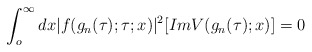
\begin{align*}\int_{o}^{\infty}dx|f(g_n(\tau);\tau;x)|^2[ImV(g_n(\tau);x)]=0\end{align*}